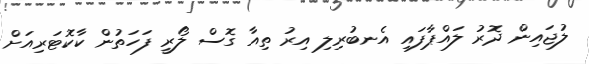
ލުޖައިން ދޮރު ލައްޕާފައި އެނބުރިލި އިރު ތިއާ ގޮސް ލޯރީ ފަހަތުން ކާކޮޓަރިއަށް